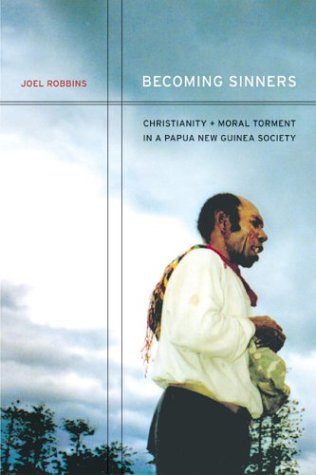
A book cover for Becoming Sinners: Christianity and Moral Torment in a Papua New Guinea Society (Ethnographic Studies in Subjectivity); Joel Robbins; History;